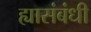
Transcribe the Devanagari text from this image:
ह्यासंबंधी